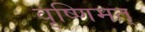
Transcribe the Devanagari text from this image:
वृष्णिमत्